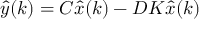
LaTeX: { \hat { y } } ( k ) = C { \hat { x } } ( k ) - D K { \hat { x } } ( k )